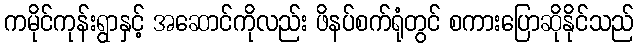
ကမိုင်ကုန်းရွာနှင့် အဆောင်ကိုလည်း ဖိနပ်စက်ရုံတွင် စကားပြောဆိုနိုင်သည်